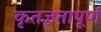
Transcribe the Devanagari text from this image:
कृतज्ञतापूर्ण